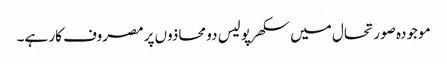
موجودہ صورتحال میں سکھرپولیس دو محاذوں پر مصروف کار ہے۔